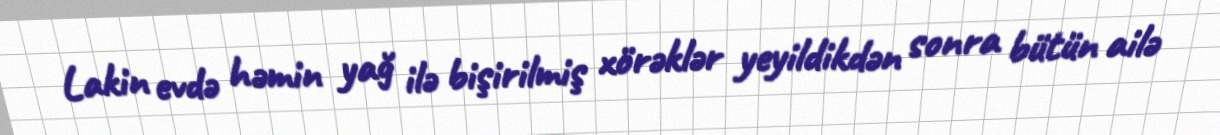
Lakin evdə həmin yağ ilə bişirilmiş xörəklər yeyildikdən sonra bütün ailə